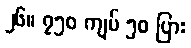
၂၆။ ၇၅၀ ကျပ် ၅၀ ပြား